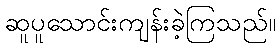
ဆူပူသောင်းကျန်းခဲ့ကြသည်။